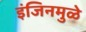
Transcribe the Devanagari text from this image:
इंजिनमुळे